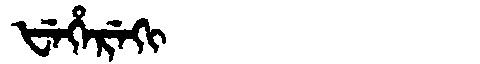
Manchu: ᡶᡝᡥᡝᡵᡝᡴᡳ
Romanization: FEHEREKI